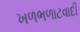
ખળભળાટવાદી